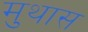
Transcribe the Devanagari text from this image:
मुथास